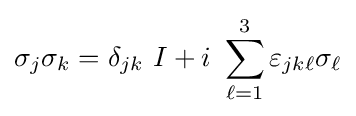
\sigma _{j}\sigma _{k}=\delta _{jk}\ I+i\ \sum \limits _{\ell =1}^{3}{\varepsilon _{jk\ell }\sigma _{\ell }}